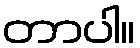
တာပါ။